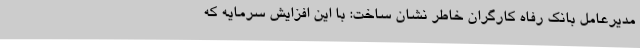
مدیرعامل بانک رفاه کارگران خاطر نشان ساخت: با این افزایش سرمایه که